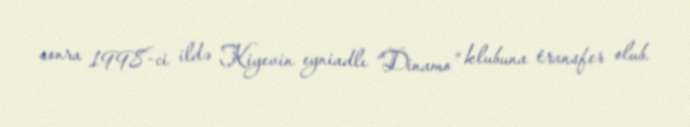
sonra 1998-ci ildə Kiyevin eyniadlı “Dinamo” klubuna transfer olub.